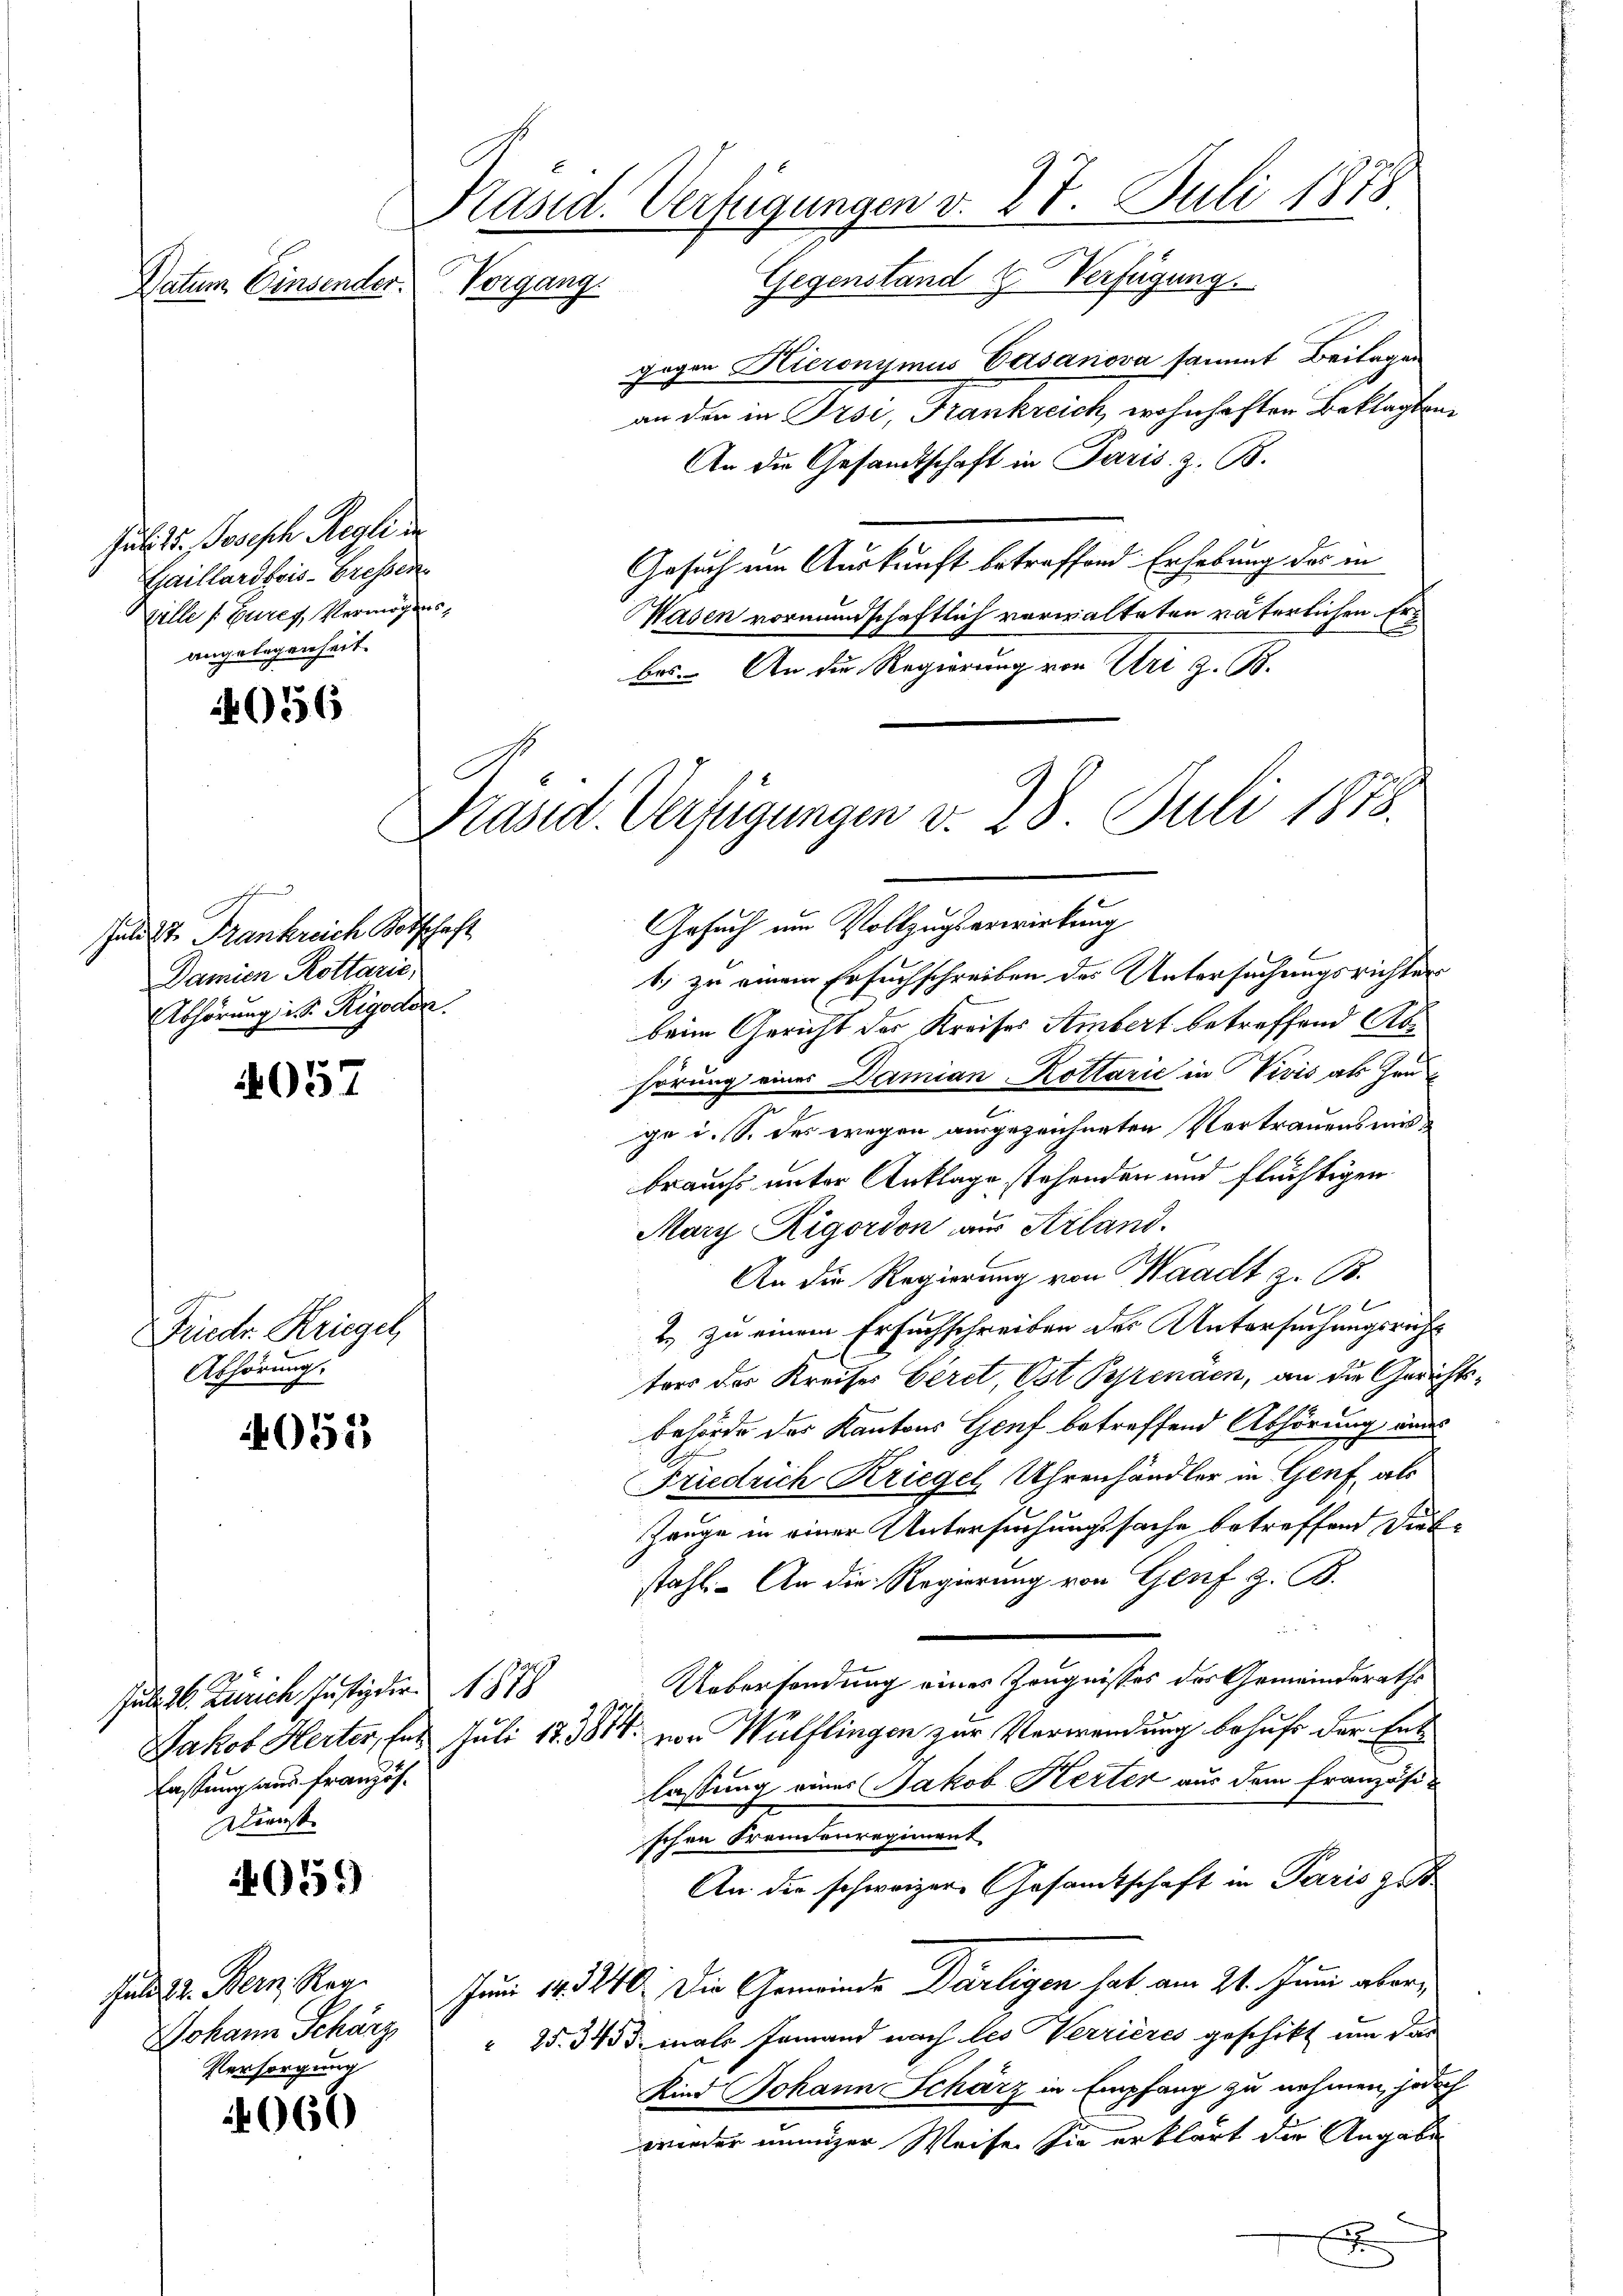
Datum Einsender.

Juli 15. Joseph Regli in
Gaillardbois-Gressen.
Ville s. Zures, Vermögens,
angelegenheit.

056

Jund St. Frankreich Vorschaft
Damien Kottarić,
Abhörung u. s. Rigodor.

4057

Driedr. Kriegel,
Abhörung.

055

465)

060

Präsid. Verfügungen d. 27. Juli 1878
Gegenstand & Verfügung.
Vorgang.

Juli 16. Zürich, Justizdir. 1878
lastung aus Französ.
Dienst

Gesuch um Vollzugserwirkung
1, zu einem Ersuchschreiben des Untersuchungsrichter
beim Gericht der Kreises Ambert betreffend Abe
hörung eines Damian Kollazić in Vivis als Her
ge i. S. des wegen ausgezeichneten Vertrauensmisbrauchs unter Anklage stehenden und flüchtigen
Mary Rigordon aus Arland.
An die Regierung von Waadt z. B.

2. zu einem Ersuchschreiben des Untersuchungsricht
ters des Kreises Geret, Ost Petenden, an die Gerichtsbehörde des Kantons Genf betreffend Abhörung andes
Friedrich Kriegel, Uhrenhändler in Genf, als
Zeuge in einer Untersuchungssache betreffend Diebstahl. An die Regierung von Genf z. B.

Uebersendung eines Zeugnisses des Gemeinderaths
Jakob Herter, her. Juli 183814. von Wülflingen zur Verwendung behufe der Entlassung einer Jakob Herten aus dem französischon Frennenregiment
An die schweizer, Gesamtschaft in Paris gest
Juni 143240. Die Gemeinde Därligen hat am 21. Juni aber¬
Johann Scharz " " 25. 343 mals jemand nach les Verrières geschikt um das
Kind Johann Schärz in Empfang zu nehmen, jedoch
wieder inniger Weise sie erklärt der Angabe
d

feld 22. Bern. Reg.
Versorgung

Präsid. Verfügungen v. 28 Juli 1878.

gegen Hieronymus Casanova sammt Beilagen
an den in Prsi, Frankreich wohnhaften Beklagten
An die Gesandtschaft in Paris. z. B.
Gesuch um Auskunft betreffend Erhebung des in
Waden vormundschaftlich vorwalteten väterlichen Erbes. An die Regierung von Uri z. B.